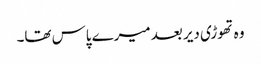
وہ تھوڑی دیر بعد میرے پاس تھا۔